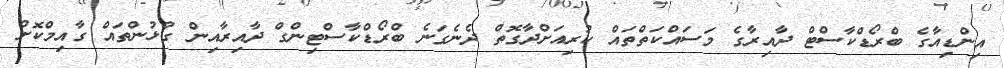
އިންޑިއާގެ ބްރޯޑްކާސްޓް ދާއިރާގެ މަސައްކަތްތައް ކުރިއަށްދާގޮތް ދެނެގަނެ ބްރޯޑްކާސްޓިންގް ދާއިރާއިން ގުޅުންތައް ގާއިމްކޮށް